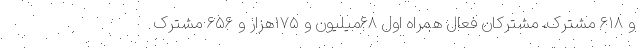
و ۶۱۸ مشترک، مشترکان فعال همراه اول ۶۸میلیون و ۱۷۵هزار و ۶۵۶ مشترک